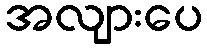
အလျားပေ